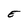
Character: E